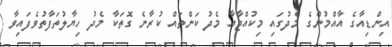
އިންޑިއާގެ އާއްމުންގެ މެދުގައި މިކުއްޖާއާ މެދު ކަންތައް ކުރާނެ ގޮތަކާ މެދު ހިޔާލުތަފާތުވެފައިވާ